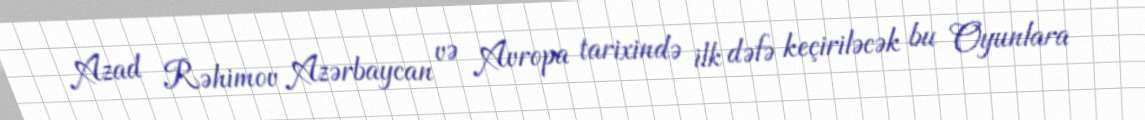
Azad Rəhimov Azərbaycan və Avropa tarixində ilk dəfə keçiriləcək bu Oyunlara